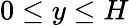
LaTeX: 0\leq y\leq H